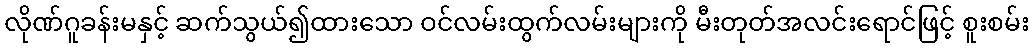
လိုဏ်ဂူခန်းမနှင့် ဆက်သွယ်၍ထားသော ဝင်လမ်းထွက်လမ်းများကို မီးတုတ်အလင်းရောင်ဖြင့် စူးစမ်း